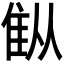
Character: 𫕚